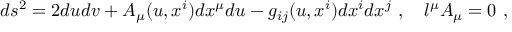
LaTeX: d s ^ { 2 } = 2 d u d v + A _ { \mu } ( u , x ^ { i } ) d x ^ { \mu } d u - g _ { i j } ( u , x ^ { i } ) d x ^ { i } d x ^ { j } \ , \quad l ^ { \mu } A _ { \mu } = 0 \ ,